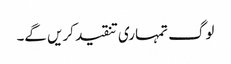
لوگ تمہاری تنقید کریں گے۔